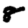
Digit: 8